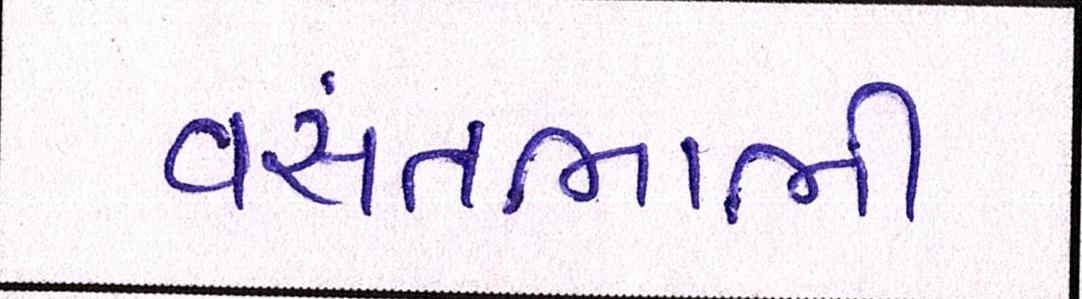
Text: વસંતભાભી